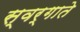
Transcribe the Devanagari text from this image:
स्वर्गाते